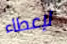
لإعطاء